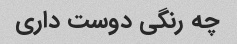
چه رنگی دوست داری